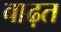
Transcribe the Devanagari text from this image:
बाढ़त